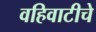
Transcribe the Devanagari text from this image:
वहिवाटीचे